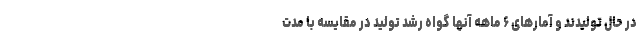
در حال تولیدند و آمارهای ۶ ماهه آنها گواه رشد تولید در مقایسه با مدت